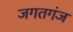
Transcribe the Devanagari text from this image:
जगतगंज